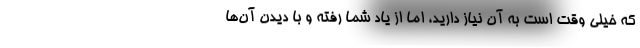
که خیلی وقت است به آن نیاز دارید، اما از یاد شما رفته و با دیدن آن‌ها